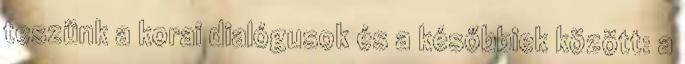
teszünk a korai dialógusok és a későbbiek között: a